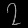
Digit: ၇